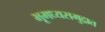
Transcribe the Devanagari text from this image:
भूमध्यसमुद्रात